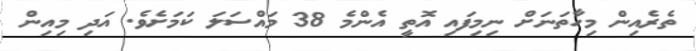
ތެރެއިން މިހާތަނަށް ނިމިފައި އޮތީ އެންމެ 38 މައްސަލަ ކަމަށެވެ. އަދި މިއިން